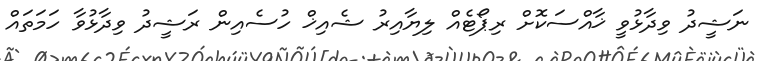
ނަޝީދު ވިދާޅުވީ ޚާއްސަކޮށް ރިޕޯޓެއް ލިޔާއިރު ޝެއިޚް ހުސެއިން ރަޝީދު ވިދާޅުވާ ހަމަތައް